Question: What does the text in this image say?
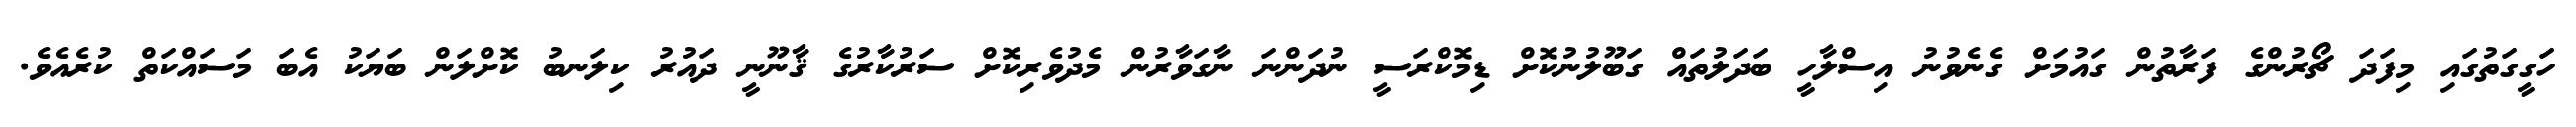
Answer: ހަގީގަތުގައި މިފަދަ ޗޯރުންގެ ފަރާތުން ގައުމަށް ގެނެވުނު އިސްލާހީ ބަދަލުތައް ގަބޫލުނުކޮށް ޑިމޮކްރަސީ ނުދަންނަ ނާގަވާރުން މެދުވެރިކޮށް ސަރުކާރުގެ ޤާނޫނީ ދައުރު ކިލަނބު ކޮށްލަން ބަޔަކު އެބަ މަސައްކަތް ކުރެއެވެ.